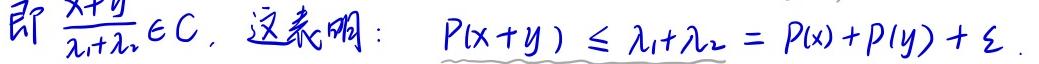
即 $\frac{x + y}{\lambda_1 + \lambda_2} \in C$，这表明：$P(x + y) \leq \lambda_1 + \lambda_2 = P(x) + P(y) + \varepsilon$。